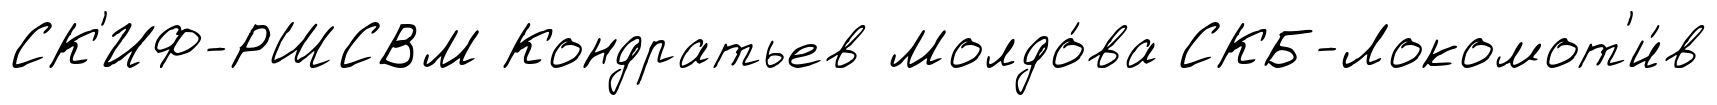
СК'ИФ-РШСВМ Кондратьев Молдо́ва СКБ-Локомот'и́в